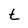
Character: t